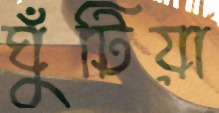
ঘুঁটিয়া